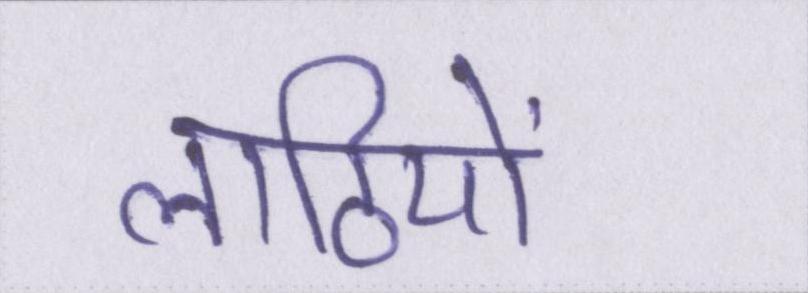
लाठियों